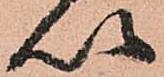
以